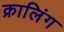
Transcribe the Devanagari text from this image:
क्रालिंग